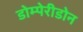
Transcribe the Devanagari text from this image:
डोम्पेरीडोन